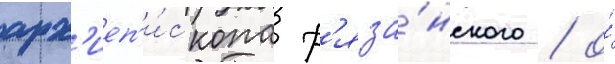
арх'иеп'и́скопа р'яза́нского / о́